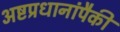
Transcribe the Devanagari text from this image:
अष्टप्रधानांपैकी